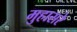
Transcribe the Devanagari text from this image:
मुहासरे